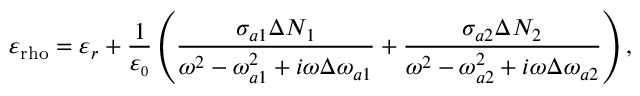
\varepsilon _ { \mathrm { r h o } } = \varepsilon _ { r } + \frac { 1 } { \varepsilon _ { \scriptscriptstyle 0 } } \left( \frac { \sigma _ { a 1 } \Delta N _ { 1 } } { \omega ^ { 2 } - \omega _ { a 1 } ^ { 2 } + i \omega \Delta \omega _ { a 1 } } + \frac { \sigma _ { a 2 } \Delta N _ { 2 } } { \omega ^ { 2 } - \omega _ { a 2 } ^ { 2 } + i \omega \Delta \omega _ { a 2 } } \right) ,